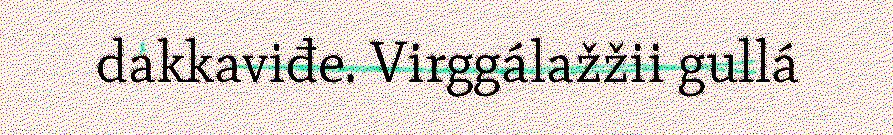
dakkaviđe. Virggálažžii gullá